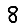
Digit: 8